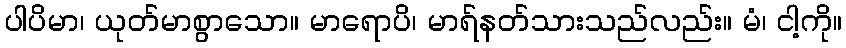
ပါပိမာ၊ ယုတ်မာစွာသော။ မာရောပိ၊ မာရ်နတ်သားသည်လည်း။ မံ၊ ငါ့ကို။